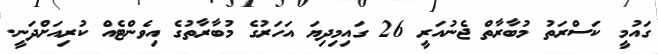
ގައުމީ ކަސްރަތު މުބާރާތް ޖެނުއަރީ 26 ގައިމިދިޔަ އަހަރުގެ މުބާރާތުގެ އިވެންޓެއް ކުރިއަށްދަނީ.